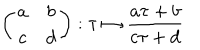
\left( \begin{array} { c c } { { a } } & { { b } } \\ { { c } } & { { d } } \\ \end{array} \right) : \tau \mapsto \frac { a \tau + b } { c \tau + d }